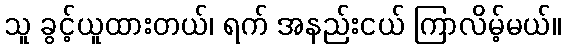
သူ ခွင့်ယူထားတယ်၊ ရက် အနည်းငယ် ကြာလိမ့်မယ်။